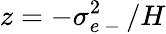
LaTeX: z=-\sigma_{e\mathrm{~-~}}^{2}/H